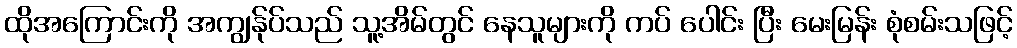
ထိုအကြောင်းကို အကျွန်ုပ်သည် သူ့အိမ်တွင် နေသူများကို ကပ် ပေါင်း ပြီး မေးမြန်း စုံစမ်းသဖြင့်